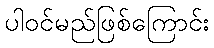
ပါဝင်မည်ဖြစ်ကြောင်း